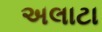
અલાટા